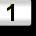
Digit: 1